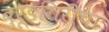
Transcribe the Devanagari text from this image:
बुरूडगिरीचा